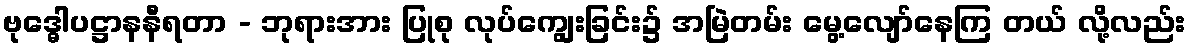
ဗုဒ္ဓေါပဋ္ဌာနနီရတာ - ဘုရားအား ပြုစု လုပ်ကျွေးခြင်း၌ အမြဲတမ်း မွေ့လျော်နေကြ တယ် လို့လည်း